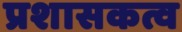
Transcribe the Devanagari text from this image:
प्रशासकत्व